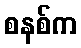
စနစ်က